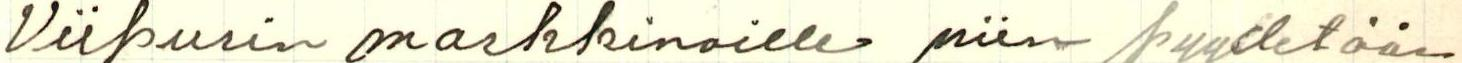
Viipurin markkinoille niin pyydetään